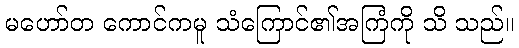
မဟော်တ ကောင်ကမူ သံကြောင်၏အကြံကို သိ သည်။